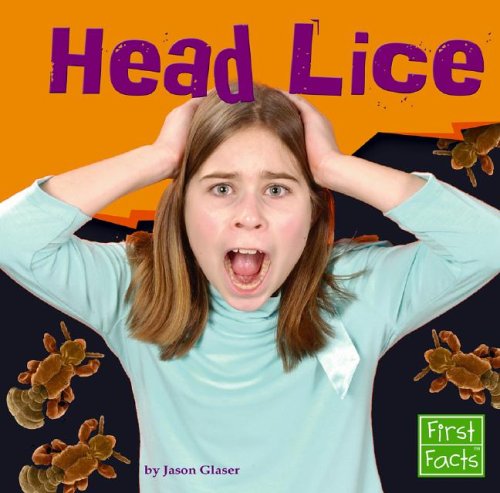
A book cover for Head Lice (Health Matters); Jason Glaser; Health, Fitness & Dieting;